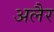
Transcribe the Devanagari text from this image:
अलैर